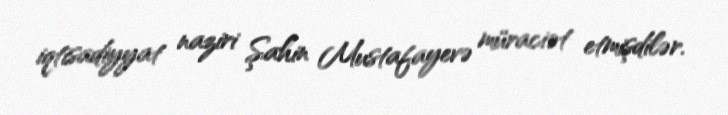
iqtisadiyyat naziri Şahin Mustafayevə müraciət etmişdilər.